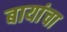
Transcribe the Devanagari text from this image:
बायांचा